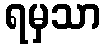
ရမှသာ